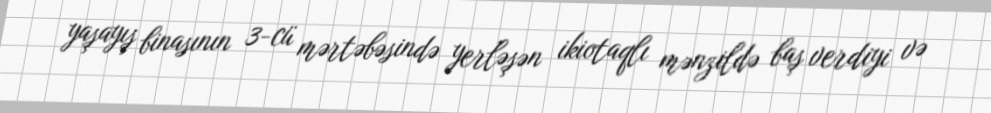
yaşayış binasının 3-cü mərtəbəsində yerləşən ikiotaqlı mənzildə baş verdiyi və